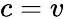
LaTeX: c=v